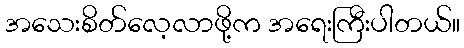
အသေးစိတ်လေ့လာဖို့က အရေးကြီးပါတယ်။